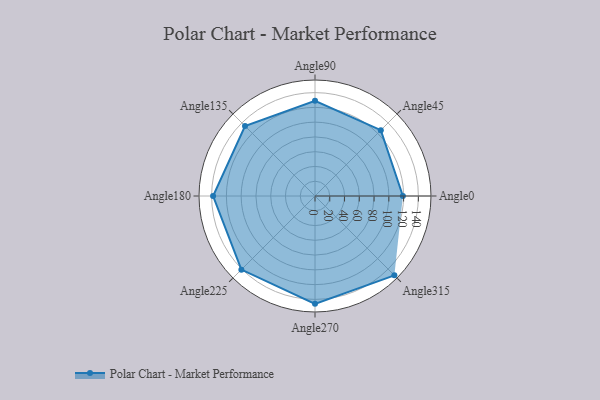
{"axis": {"x": "Angle", "y": "Radius"}, "legend": [""], "data": [{"x": "Angle0", "y": 119.0, "type": ""}, {"x": "Angle45", "y": 126.0, "type": ""}, {"x": "Angle90", "y": 129.0, "type": ""}, {"x": "Angle135", "y": 134.0, "type": ""}, {"x": "Angle180", "y": 138.0, "type": ""}, {"x": "Angle225", "y": 141.0, "type": ""}, {"x": "Angle270", "y": 146.0, "type": ""}, {"x": "Angle315", "y": 152.0, "type": ""}]}